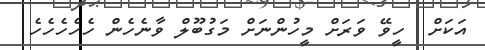
އަކަށް  ހީވޭ ވަރަށް މީހުންނަށް މަގުބޫލް ވާނެހެން ހެހެހެހެހެ